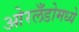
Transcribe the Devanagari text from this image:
ओरलँडोमध्ये